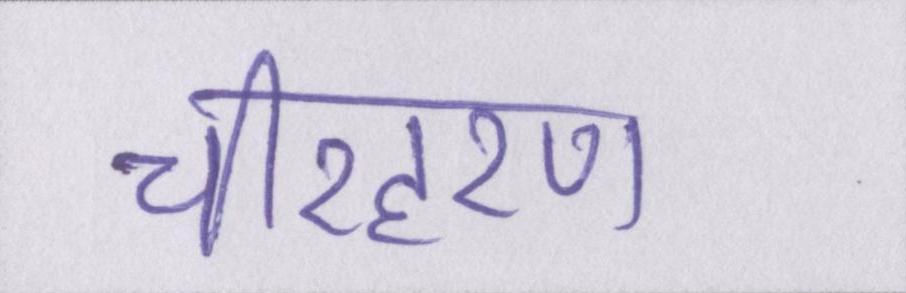
चीरहरण